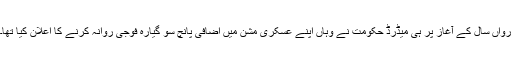
رواں سال کے آغاز پر ہی میڈرڈ حکومت نے وہاں اپنے عسکری مشن میں اضافی پانچ سو گیارہ فوجی روانہ کرنے کا اعلان کیا تھا۔